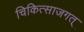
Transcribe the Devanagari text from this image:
चिकित्साजगत्‌